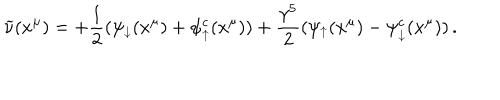
\widetilde \nu ( x ^ { \mu } ) = + { \frac { 1 } { 2 } } ( \psi _ { \downarrow } ( x ^ { \mu } ) + \psi _ { \uparrow } ^ { c } ( x ^ { \mu } ) ) + { \frac { \gamma ^ { 5 } } { 2 } } ( \psi _ { \uparrow } ( x ^ { \mu } ) - \psi _ { \downarrow } ^ { c } ( x ^ { \mu } ) ) \, .